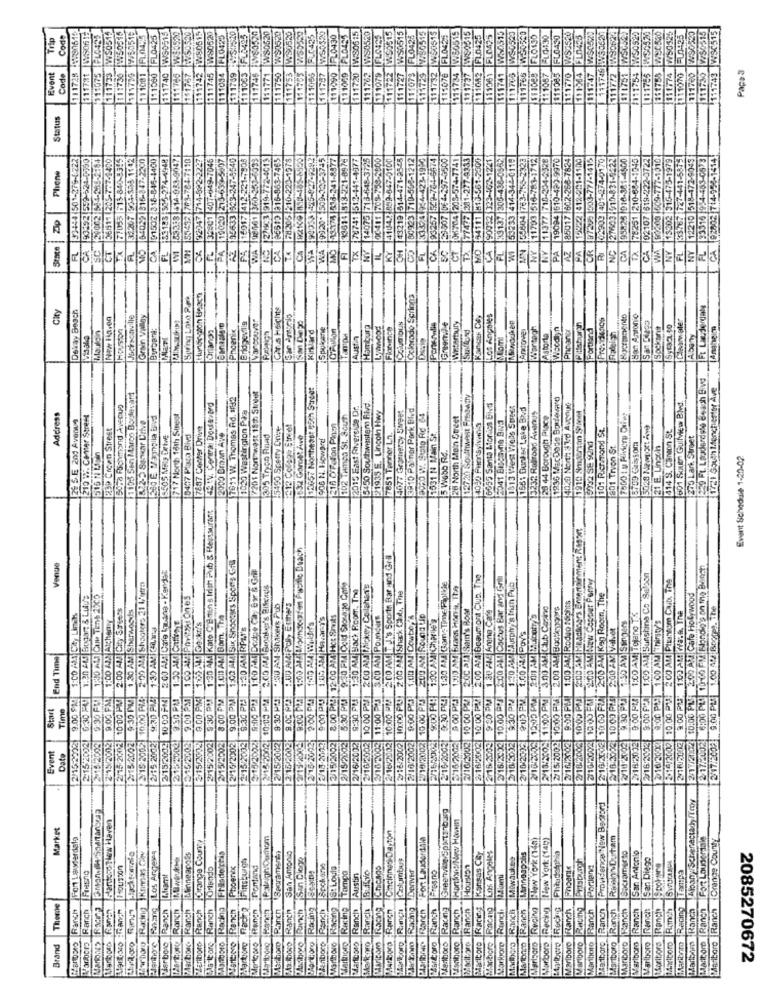
0520
9520
WS0529
W50515
Trip
Code
111728 8190615
FLOORS
WS0515
V50315
FL0425
FL0425
WS0515
111742 W80515
W80520
425
FLC425
FL0430
IWS0615
1520
11079 |FLO425
V:50515
FLO421
W50515
W50315
750525
Pape 3
Event
ode
111781
111075
111733
111736
$1173
11 1081
111060
111740
111785
141767
1111745
1090
Status
FL 33454 501-279-0222
24-1790
93392 599-624-0750
29002 544-235-2184
36911 205-777-8400
77055 615-840-8545
142
300
-4400
FL 33183 505-274-4948
4 592:3 414-933-9047
53452 763-784-7110
Phone
131207 204-398
164029 1316-347
191502 318-84
192247 7
Stare | Zip
125001
16017
102107
15.302
1221
CA
CT
A
CA
WA
Ca
WA
Wi
MEN
NY
NY
PA
NC
CA
TX
CA
NY
FL
PA
WA
PA
Hungs aton Besen
Colorado Springs
Carus Heights
Ft Lauderdale
City
Dekay Beach
|New 12,00
Jacksonville
Grain Valley
Vancouver
Porowlis
LOS Angeles
Presidents
San Antonio
Cleanwater
Houston
Orange
Pncenix
Kirklard
Spokane
CTAon
Homburg
Columbus
Envennile
Waterbury
Artove
Wartogh
WoodIn
Phpaner
Portand
RallEn
San Diego
Sockant
Visala
[Austh
Astorta
Abaty
13657 Northeast 55th Street
1721 South I.enchertor Ave
11105 Sen Marco Boulevard
7911 W. Thomas Rd. 1192
17201 Nort west 18th Street
1936 MacDode Bovewerd
Bora Richmond Avecua
1020 Washington Piza
2015 East Riverside Dr.
3450 Southwestem Five
21935 E. Lincoln Hwy
15077 Gramercy Siget
3910 Painer Pork Blvd
6655 Santa Liorics Eivti
1813 Viest Wels Street
11561 Bunter Lake Bud
4020 North: +3rd Avenue
1910 Smawron $20et
801 Sauer GulMew BNd
Address
128 S.E 201 Avenue
210 . Center Street
1822-5 Senvar Drive
717 Now 18th Sinegt
102 THmpa 31. 3out
DORO W. Stato Rc 4
28 North Main Street
2041 Biscayne Bia
3232 Rabroad Avenus
28 44 Borough Place
239 Crcan Street
7887 Center Drive
2000 Bran Ave
15490 Spetry Crise
1212 Colaps Stret
E16 OFF aFon Pinn
4040 PuanSylvania
1101 Richmond St.
5028 NavLOEt Ave
414 S. Canton St
8505 Mia Drive
0477 Placa Blvd
305 Tryon Rnad
1632 Gamet Ave
906 N. Howard
7851 Tanner Ln.
1631 14 Main St
200 Lark Stret
15 Webb Re.
1801 Trvon St.
5700 Glissom
21 E. Unoch
1516 N Lp
Event Schedule 1-20-02
1:30 AM Kate C'è tens Irish Pub & Restaurant
10:00 PM :00 AM Feschners Entertainment R.M
200 AM TJ's Sports Bar and Gril
Venue
2/15/2002 9:00 PM | 1:00 AM Six Shooters Spons Grill
1FC0 PM Dodge Cay Ewr & Grill
6:00 PM 10:00 PM sonoio's on me Bunch
200 AM Cafe In.ana - Kendet
2.00 AM Beaumont Club. The
2.00 AM Cactus Bar and gril
1000 FM 2:00 AMBEw Copper Perryy
8:00 PCA 1:00 AM Sunshine Co Saloon
10.00 PV: 2 CO AM Phantom Chub. The
2:00 AM Shookrs 21 Lata
1:30 AM Back Room. The
10:00 PM/1 2:00 AM Mickey Colahat's
1:30 AM ComeTime Figlile
1:30 AM Hausphy's Mich Pub
120 ALI Cun TENSPOCO
1:00 49 POviAt On es
10:00 PUL: 200 AN Shack Cht, The
1:00 AM Roduo Sophts
2:00 AM Kan Room, The
10:00 PURE300 AN Cafe Holywood
2:00 AM City 3764'$
1.30 AM Sherwoods
230 AMI-Shakers Pub
200 ALI Sam's Bost
130 AL Arene Cafe
3.00 AM Club Casino
10:00 PM 2.00 AM Book019979
9:00 PU 1:03 AM 7/8.9. The
9.00 PLI 1.00 AU/ Bogres. The
1:CO AMA City Limek
1:00 AM Alchemy
8:00 PM 1.011 AM Bom. Tra
1:05 AM Havary's
8:00 PM: 32:00 AM HCE Smuts
S.CO AN Poucurt
1:00 AN Cowboy A
1:00 AMICharlie's
10:05 PM 200 AM MEDatTS
ESO AM Stingers
1.CO AM TOLano TK
:00 PM100 AM |Thirsty's
1:50 AM Coffret
1202 AL1 Gockt's
1:30 AM RPZ.1's
2-00 AV Vilvet
1,00 ALC Pov's
End Time
9.00 PM
9.00 FM
2002 10:00 PM
9:30 PM
10500 PRO
9:30 PM
9.00 PM
9.00 PM
8:30 PM
5:34 PM
10:05 PM
9:35 PM
9.0C PRO
9.00 PAS
5:30 PM
11:00 P27
$:00 PRO
10.00 PM
9:30 FRE
980 PM
10.00 ?
9:30 PM
202 PM
11500 PM
0310:00 PP4
$ 30 PM
Start
Time
6:30 FM
10 00 PZ
3.00
2002)
2/15/2002
2/15/2002
2 15/2002
2/15-2002
2'16/220031
2/16/2009
2/10 2302
2162003
2018/2009
217/102
217/2008
21152092
2715.2002
302
302
2/15/2002
F-15/2002
2/15/2002
2/15/2002
2/10/2002
2/16/2002
102
2/16/2002
2/15/2003
3182032
2/10/2032
≥15/2002
2/16/2002
2/10/1002
2/16-2352
201 12002
Event
Date
2/19/20
2/16/20
2/10/20
Albany Schenectady /Y moy
ProvidenceINew Bezord
atariand new Haven
Market
Fort Lauderdela
Forange County
CincinnatiDayton
Fort Lauderdale
erD Recing New York (140)
New York (149)
Rich Ortam
Fort Lauderdale
Marlboro Ranch Orange County
Los Angeles
Los Angeles
Llinneapods
Frasdertig
Finsburgh
"Begramore)
San Antonio
San Clone
Columbus
Kansas CBy
Miwaukee
Minneapolis
Philadelphia
Prtsbunch
Sacramento
San Antonio
San Diego
Houston
Phoenix
Ranch Spokane
Racing St Louis
Denver
Phoenix
Portland
Tampa
Fresno
Tomgo
Austin
Bullbio
Fresno
Theme
MonDDRO Rancht
Marlboro Ranch
Ranch
Ranch
Ranch
iboro Racing
siteeve Ranch
Padro
Ranch
Ranch
Ranch
Markcorp Ranch
Ranch
Racing
Ranch
Ranan
Racing
Raong
Rancio
Ranch
brno |Ranch
bers Rechg
pro Recing
Ftanch
Ranch
Ranch
Ranch
Rench
Ranch
Racing
Marlboro Ranch
Ranch
Ranch
Ranch
Ranch
Ranch
Rand
Malboro
Brand
Zierboro
MAar bono
ping
torg
Marlboro
Marthorg
Marcoro
Iforo
faniboro
arbore
riboro
ariboro
riborg
sriboro
Marlboro
Malboro
Maribnto
Maritord
2085270672